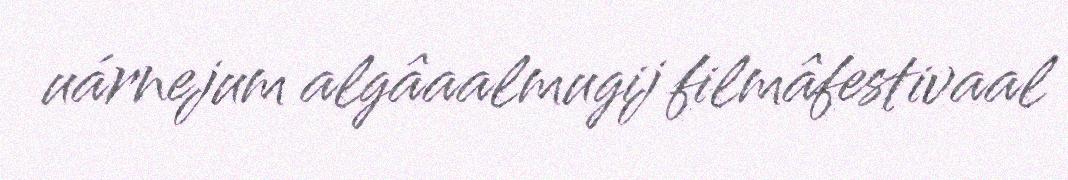
uárnejum algâaalmugij filmâfestivaal